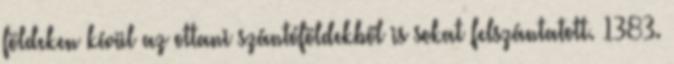
földeken kívül az ottani szántóföldekből is sokat felszántatott. 1383.